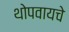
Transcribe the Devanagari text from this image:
थोपवायचे